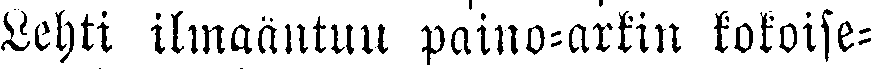
Lehti ilmaäntuu paino-arkin kokoise-